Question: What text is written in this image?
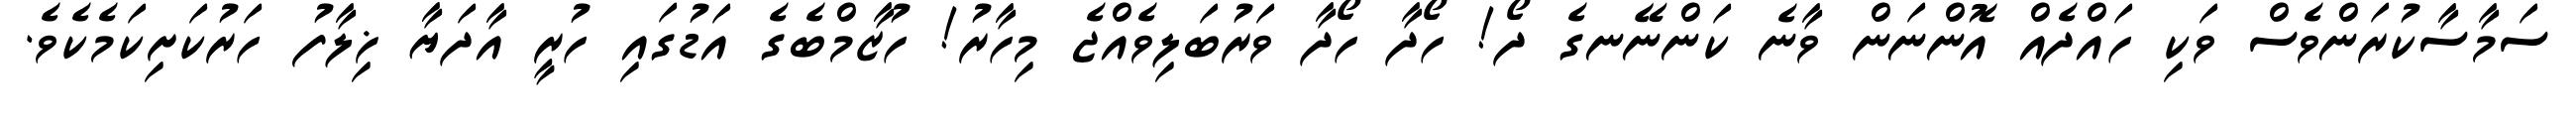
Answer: ސަމާސާކުރަންވެސް ވަކި ހައްދެއް އޮންނަން ވާނެ ކަންނޭނގެ ދޯ! ހޯދާ ހޯދާ ވަރުބަލިވެއްޖެ މިހާރު! ހުޒާމްބެގެ އަޑުގައި ހުރީ އާދަޔާ ޚިލާފު ހަރުކަށިކަމެކެވެ.